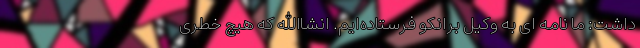
داشت: ما نامه ای به وکیل برانکو فرستاده‌ایم. انشاالله که هیچ خطری